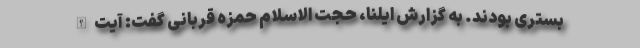
بستری بودند. به گزارش ایلنا، حجت الاسلام حمزه قربانی گفت: آیت‌الله